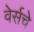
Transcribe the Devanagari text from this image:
वेर्सचे